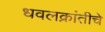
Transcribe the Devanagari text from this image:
धवलक्रांतीचे